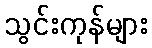
သွင်းကုန်များ